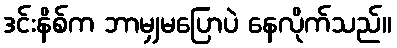
ဒင်းနိစ်က ဘာမျှမပြောပဲ နေလိုက်သည်။